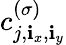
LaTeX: c_{j,\mathbf{i}_{x},\mathbf{i}_{y}}^{(\sigma)}